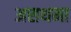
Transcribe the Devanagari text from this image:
असथमा